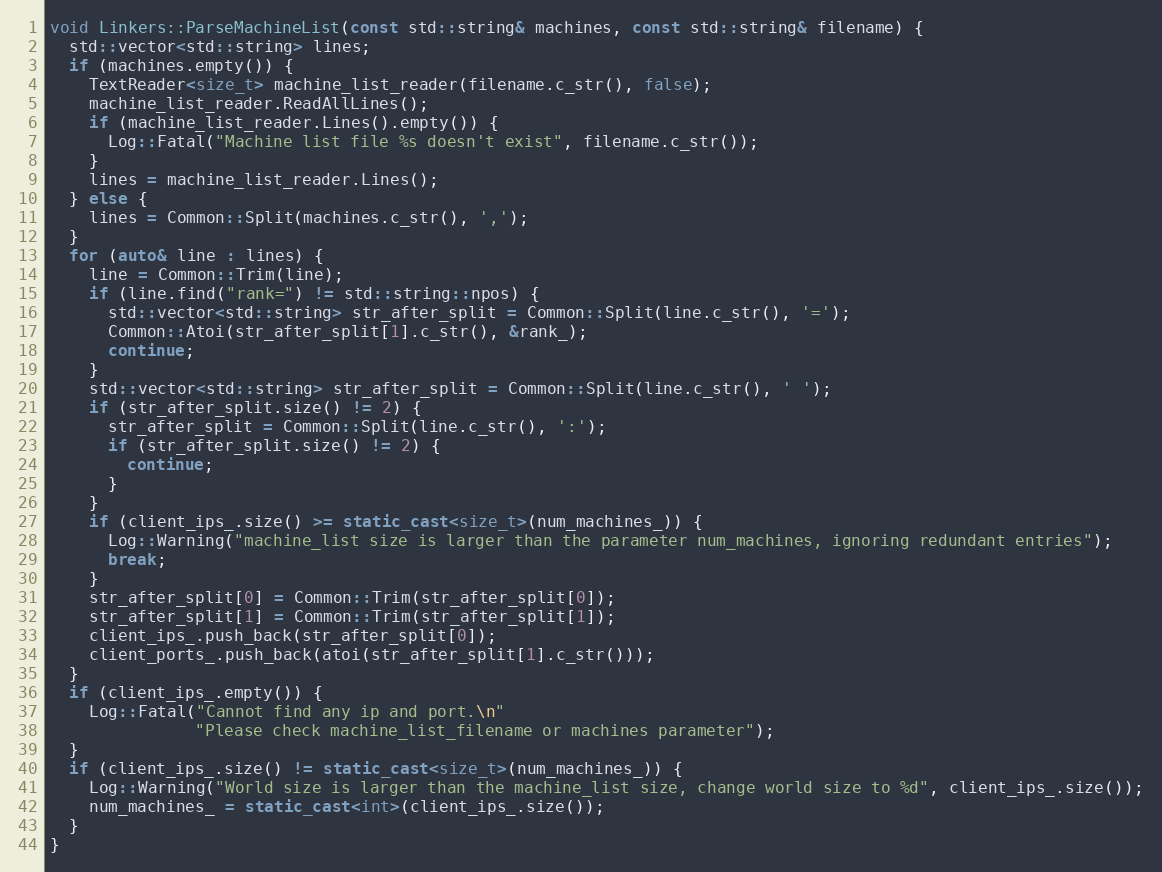
Language: C++
void Linkers::ParseMachineList(const std::string& machines, const std::string& filename) {
  std::vector<std::string> lines;
  if (machines.empty()) {
    TextReader<size_t> machine_list_reader(filename.c_str(), false);
    machine_list_reader.ReadAllLines();
    if (machine_list_reader.Lines().empty()) {
      Log::Fatal("Machine list file %s doesn't exist", filename.c_str());
    }
    lines = machine_list_reader.Lines();
  } else {
    lines = Common::Split(machines.c_str(), ',');
  }
  for (auto& line : lines) {
    line = Common::Trim(line);
    if (line.find("rank=") != std::string::npos) {
      std::vector<std::string> str_after_split = Common::Split(line.c_str(), '=');
      Common::Atoi(str_after_split[1].c_str(), &rank_);
      continue;
    }
    std::vector<std::string> str_after_split = Common::Split(line.c_str(), ' ');
    if (str_after_split.size() != 2) {
      str_after_split = Common::Split(line.c_str(), ':');
      if (str_after_split.size() != 2) {
        continue;
      }
    }
    if (client_ips_.size() >= static_cast<size_t>(num_machines_)) {
      Log::Warning("machine_list size is larger than the parameter num_machines, ignoring redundant entries");
      break;
    }
    str_after_split[0] = Common::Trim(str_after_split[0]);
    str_after_split[1] = Common::Trim(str_after_split[1]);
    client_ips_.push_back(str_after_split[0]);
    client_ports_.push_back(atoi(str_after_split[1].c_str()));
  }
  if (client_ips_.empty()) {
    Log::Fatal("Cannot find any ip and port.\n"
               "Please check machine_list_filename or machines parameter");
  }
  if (client_ips_.size() != static_cast<size_t>(num_machines_)) {
    Log::Warning("World size is larger than the machine_list size, change world size to %d", client_ips_.size());
    num_machines_ = static_cast<int>(client_ips_.size());
  }
}